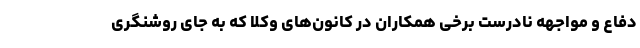
دفاع و مواجهه نادرست برخی همکاران در کانون‌های وکلا که به جای روشنگری